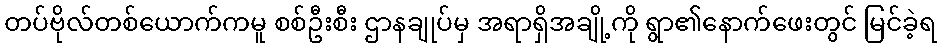
တပ်ဗိုလ်တစ်ယောက်ကမူ စစ်ဦးစီး ဌာနချုပ်မှ အရာရှိအချို့ကို ရွာ၏နောက်ဖေးတွင် မြင်ခဲ့ရ